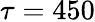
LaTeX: \tau=450